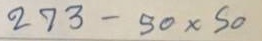
273 - 50 x 50